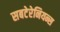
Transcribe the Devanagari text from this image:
सबटेरेनियन्स